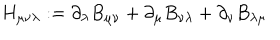
H _ { \mu \nu \lambda } : = \partial _ { \lambda } B _ { \mu \nu } + \partial _ { \mu } B _ { \nu \lambda } + \partial _ { \nu } B _ { \lambda \mu }